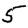
Digit: 5